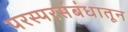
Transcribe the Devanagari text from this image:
परस्परसंबंधातून